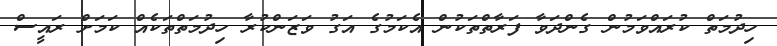
ހިދުމަތް ކުރައްވަމުން ގެންދަވާ ފަރާތްތަކުން އެކަމުގެ އަގު ވަޒަންކުރާ ހިދުމަތްތަކެއް ކަމަށް ރައީސް